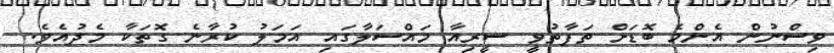
ވިސްނުން އެންމެ ބޮޑަށް ތަފާތުވީ ސީރިއާ މައްސަލާގައި އަމަލު ކުރާނެ ގޮތަކާ މެދުއެވެ.